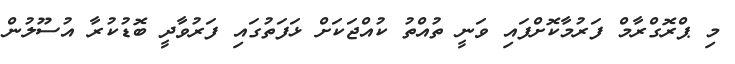
މި ޕްރޮގްރާމް ފަރުމާކޮށްފައި ވަނީ ތުއްތު ކުއްޖަކަށް ޅަފަތުގައި ފަރުވާދީ ބޮޑުކުރާ އުސޫލުން